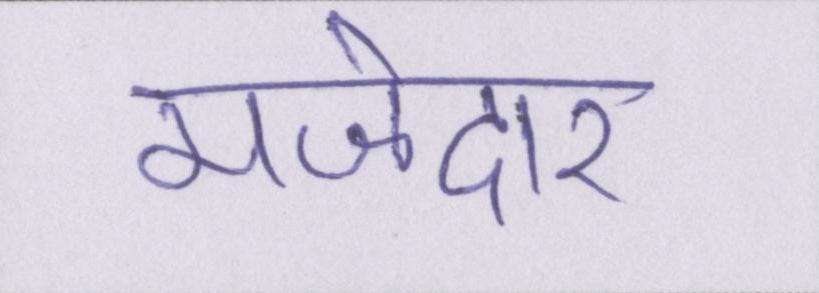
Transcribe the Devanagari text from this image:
मजेदार